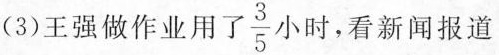
(3) 王强做作业用了 \frac{3}{5} 小 时，看新闻报道